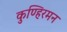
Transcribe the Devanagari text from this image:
कुण्हिरमन